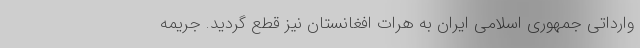
وارداتی جمهوری اسلامی ایران به هرات افغانستان نیز قطع گردید. جریمه